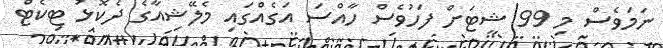
ނަމަވެސް މި 99 ޝީޓަށް ފަހުވެސް ހާއްސަ އަގެއްގައި މެލޭޝިއާގެ ދެކޮޅު ޓިކެޓް